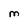
Character: M